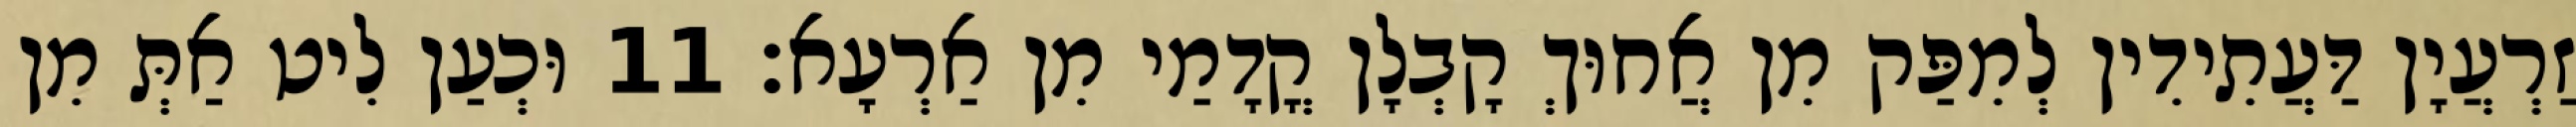
זַרְעֲיָן דַּעֲתִידִין לְמִפַּק מִן אֲחוּךְ קָבְלָן קֳדָמַי מִן אַרְעָא׃ 11 וּכְעַן לִיט אַתְּ מִן